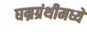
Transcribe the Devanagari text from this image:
घम्रग्रंथीमध्ये